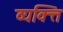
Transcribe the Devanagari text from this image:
व्यक्त्ति